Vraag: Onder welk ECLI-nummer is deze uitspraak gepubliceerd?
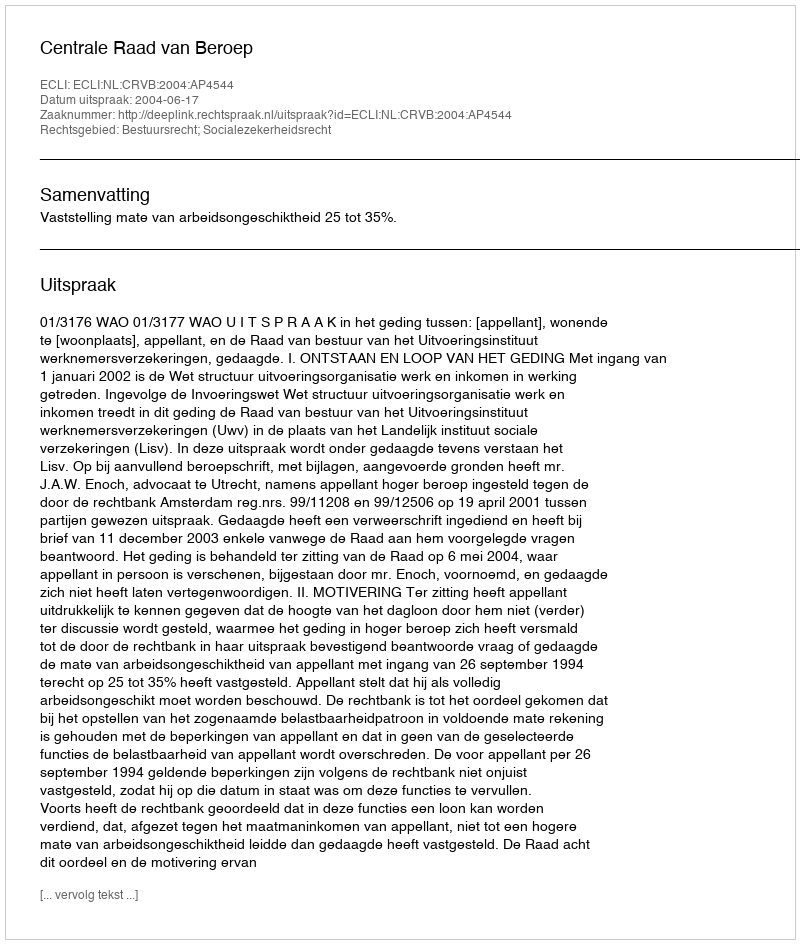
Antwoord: ECLI:NL:CRVB:2004:AP4544